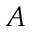
A